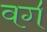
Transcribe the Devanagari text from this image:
वग॔